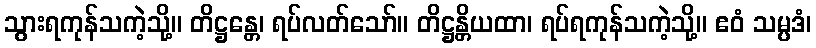
သွားရကုန်သကဲ့သို့။ တိဋ္ဌန္တေ၊ ရပ်လတ်သော်။ တိဋ္ဌန္တိယထာ၊ ရပ်ရကုန်သကဲ့သို့။ ဧဝံ သမ္ပဒံ၊